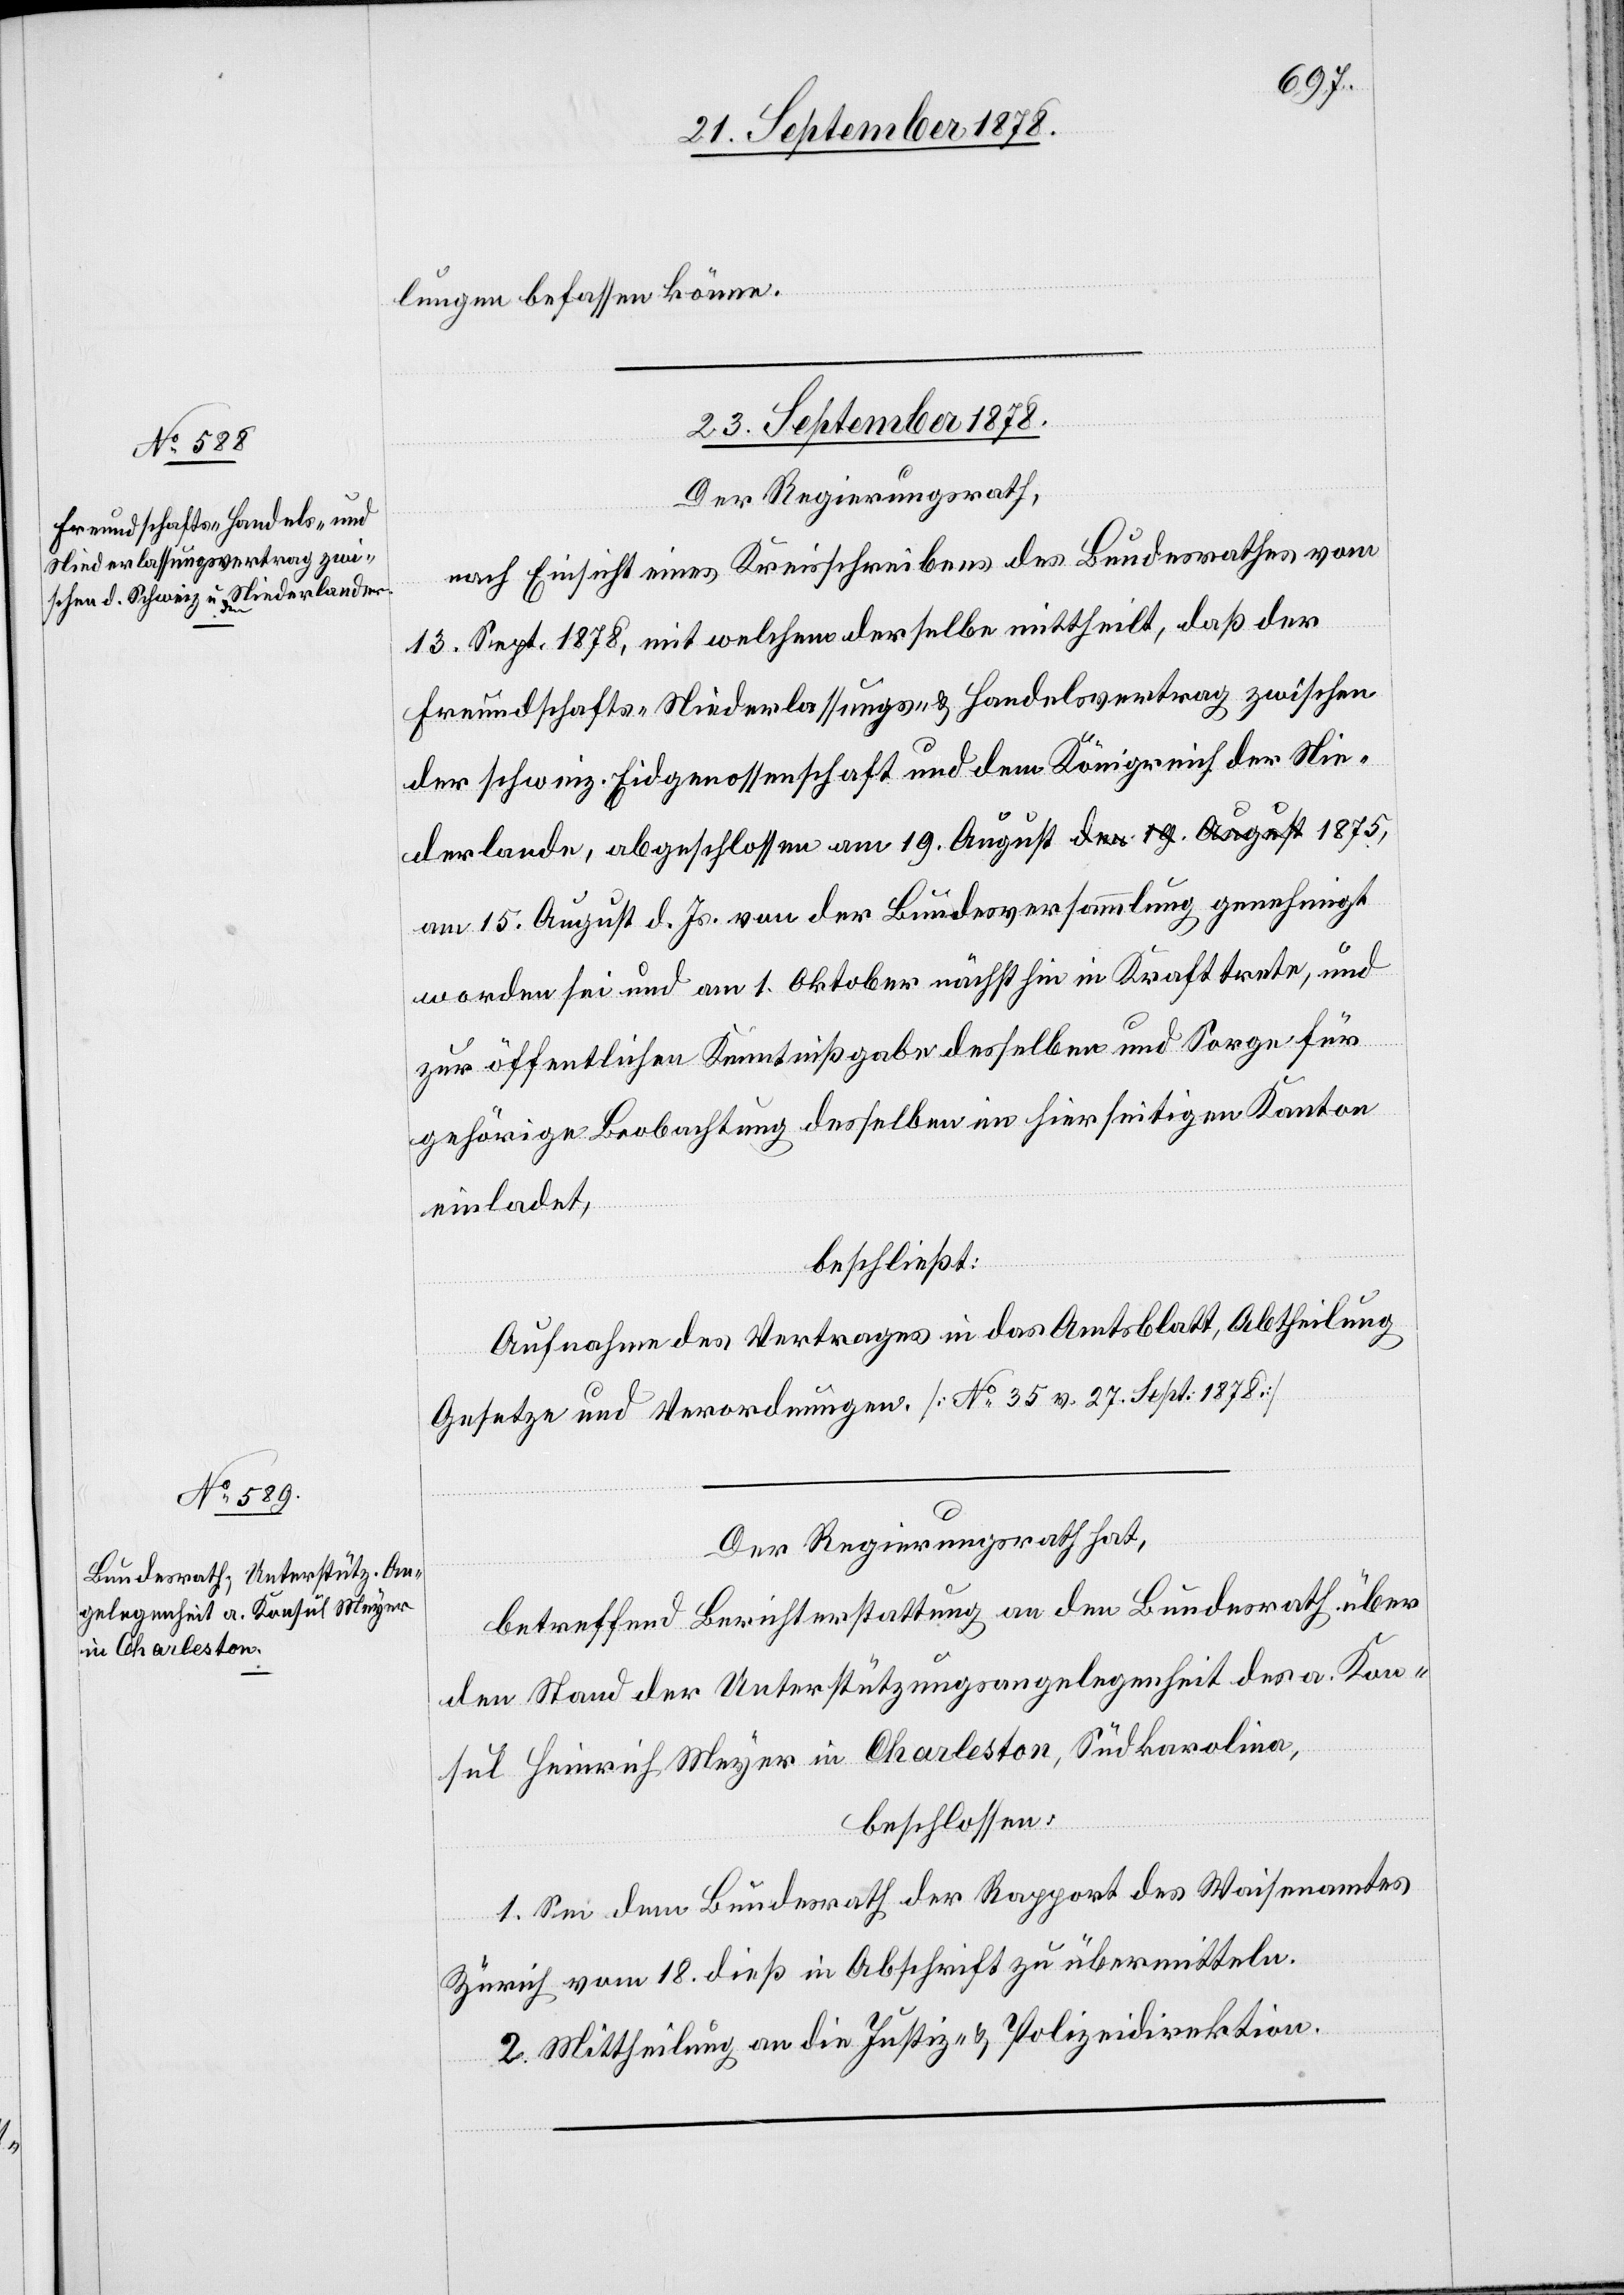
lungen befassen könne.
23. September 1878.]
Der Regierungsrath,
nach Einsicht eines Kreisschreibens des Bundesrathes vom
13. Sept. 1878, mit welchem derselbe mittheilt, daß der
Freundschafts-[,] Niederlassungs & Handelsvertrag zwischen
der schweiz. Eidgenossenschaft und dem Königreich der Nie¬
derlande, abgeschlossen am 19. August 1875, am 15. August d. Js.
worden sei und am 1. Oktober nächsthin in Kraft trete, und
zur öffentlichen Kenntnißgabe desselben und Sorge für
gehörige Beobachtung desselben im hierseitigen Kanton
einladet,
gene¬
beschließt:
Aufnahme des Vertrages in das Amtsblatt, Abtheilung
Gesetze und Verordnungen. [No 35 v. 27. Sept. 1878]
Der Regierungsrath hat,
betreffend Berichterstattung an den Bundesrath über
den Stand der Unterstützungsangelegenheit des a. Kon¬
sul Heinrich Meyer in Charleston, Südkarolina,
beschlossen:
1. Sei dem Bundesrath der Rapport des Waisenamtes
hmigt
Zürich vom 18. dieß in Abschrift zu übermitteln.
2. Mittheilung an die Justiz- & Polizeidirektion.